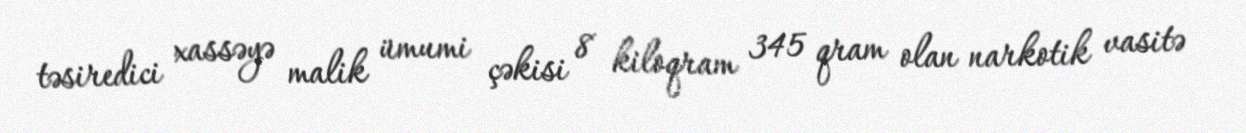
təsiredici xassəyə malik ümumi çəkisi 8 kiloqram 345 qram olan narkotik vasitə